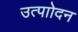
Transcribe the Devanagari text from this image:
उत्पाोदन